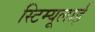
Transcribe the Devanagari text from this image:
स्टिम्यूलाई